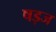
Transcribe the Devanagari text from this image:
षड़ज